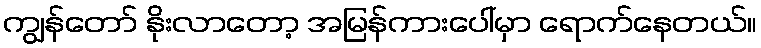
ကျွန်တော် နိုးလာတော့ အမြန်ကားပေါ်မှာ ရောက်နေတယ်။